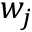
w _ { j }